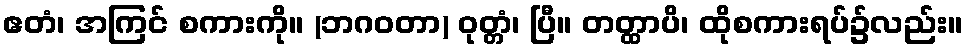
ဧတံ၊ အကြင် စကားကို။ (ဘဂဝတာ) ဝုတ္တံ၊ ပြီ။ တတ္ထာပိ၊ ထိုစကားရပ်၌လည်း။